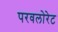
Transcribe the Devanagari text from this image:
परवलोरेट